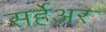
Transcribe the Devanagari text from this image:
सर्हेअर